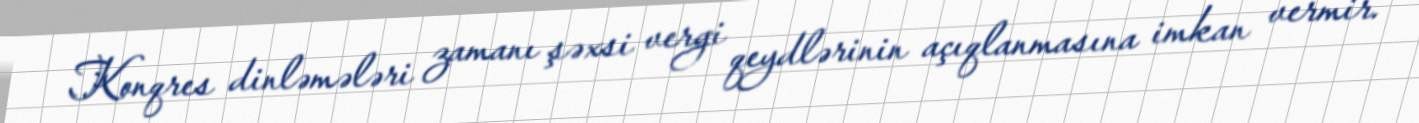
Konqres dinləmələri zamanı şəxsi vergi qeydlərinin açıqlanmasına imkan vermir.